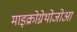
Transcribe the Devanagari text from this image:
माइक्रोग्नेथोजोआ